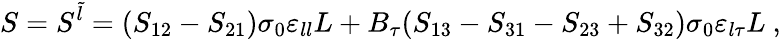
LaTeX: S=S^{\tilde{l}}=(S_{12}-S_{21})\sigma_{0}\varepsilon_{ll}L+B_{\tau}(S_{13}-S_{31}-S_{23}+S_{32})\sigma_{0}\varepsilon_{l\tau}L\ ,